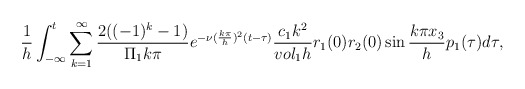
\begin{align*}\frac{1}{h}\int_{-\infty}^{t}\sum_{k=1}^{\infty}\frac{2((-1)^k-1)}{\Pi_1 k\pi}e^{-\nu(\frac{k\pi}{h})^2(t-\tau)}\frac{c_1 k^2}{vol_1 h}r_1 (0) r_2 (0)\sin{\frac{k\pi x_3}{h}}p_1(\tau)d\tau,\end{align*}